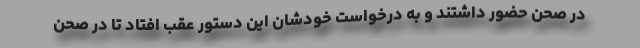
در صحن حضور داشتند و به درخواست خودشان این دستور عقب افتاد تا در صحن